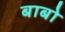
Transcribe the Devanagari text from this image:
बाबो